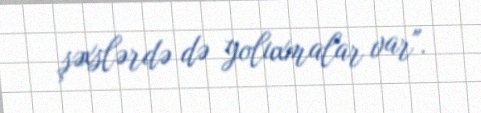
şəxslərdə də yoluxmalar var".